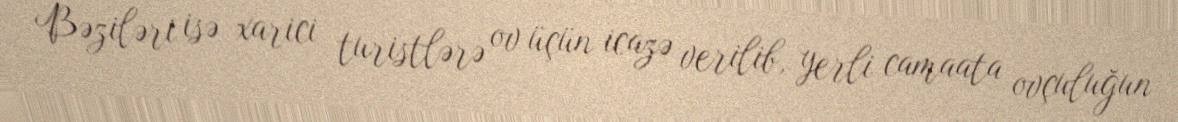
Bəziləri isə xarici turistlərə ov üçün icazə verilib, yerli camaata ovçuluğun